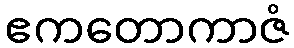
ဧကတောကာဇံ